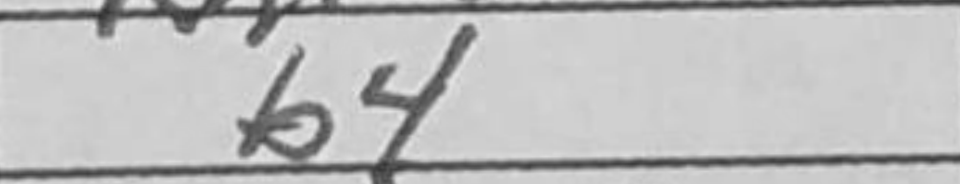
Transcription: b4